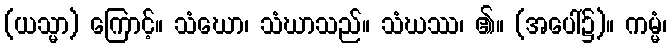
(ယသ္မာ) ကြောင့်။ သံဃော၊ သံဃာသည်။ သံဃဿ၊ ၏။ (အပေါ်၌)။ ကမ္မံ၊